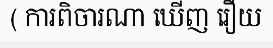
( ការពិចារណា ឃើញ រឿយ